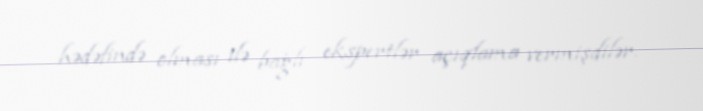
hədəfində olması ilə bağlı ekspertlər açıqlama vermişdilər.